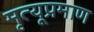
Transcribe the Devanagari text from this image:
मृत्यूप्रमाण